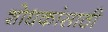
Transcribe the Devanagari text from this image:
शोधकांसाठी